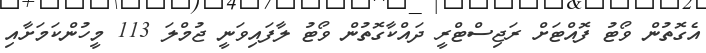
އެގޮތުން ވޯޓު ފޮއްޓަށް ރަޖިސްޓްރީ ދައްކާގޮތުން ވޯޓު ލާފައިވަނީ ޖުމްލަ 113 މީހުންކަމަށާއި